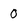
Character: O